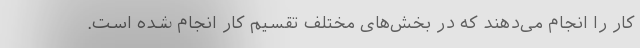
کار را انجام می‌دهند که در بخش‌های مختلف تقسیم کار انجام شده است.